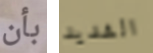
بأن الشديد